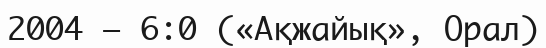
2004 — 6:0 («Ақжайық», Орал)